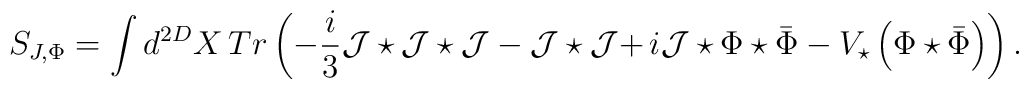
S_{J,\Phi }=\int d^{2D}X\,Tr\left( -\frac{i}{3}\mathcal{J}\star\mathcal{J} \star \mathcal{J}-\mathcal{J}\star\mathcal{J}\mathbf{+\,}i\mathcal{J}\star \Phi \star\bar{\Phi}-V_{\star }\left( \Phi \star \bar{\Phi}\right) \right) .